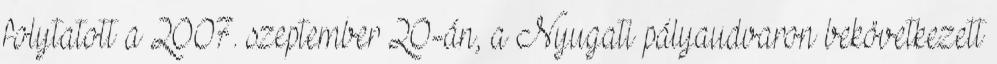
folytatott a 2007. szeptember 20-án, a Nyugati pályaudvaron bekövetkezett